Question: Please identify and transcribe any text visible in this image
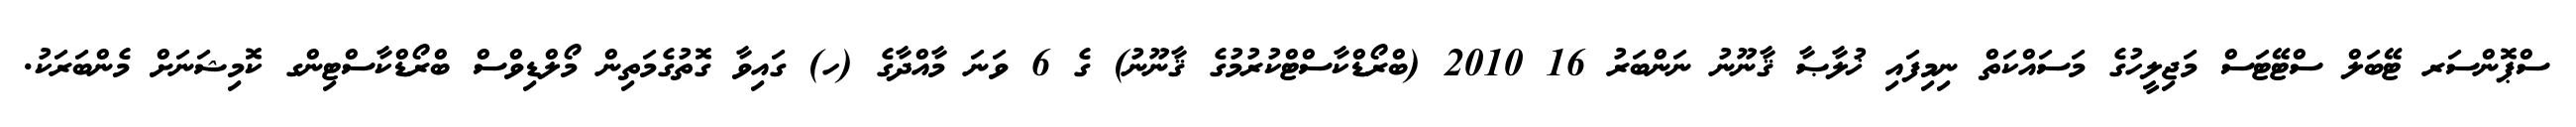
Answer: ސްޕޮންސަރ ޓޭބަލް ސްޓޭޓަސް މަޖިލީހުގެ މަސައްކަތް ނިމިފައި ޚުލާޞާ ޤާނޫނު ނަންބަރު 16 2010 (ބްރޯޑްކާސްޓްކުރުމުގެ ޤާނޫނު) ގެ 6 ވަނަ މާއްދާގެ (ހ) ގައިވާ ގޮތުގެމަތިން މޯލްޑިވްސް ބްރޯޑްކާސްޓިންގ ކޮމިޝަނަށް މެންބަރަކު.